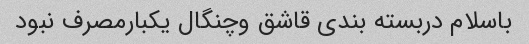
باسلام دربسته بندی قاشق وچنگال یکبارمصرف نبود